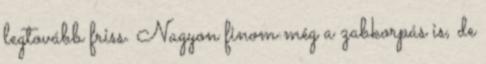
legtovább friss. Nagyon finom még a zabkorpás is, de